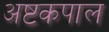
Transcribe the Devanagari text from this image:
अष्टकपाल